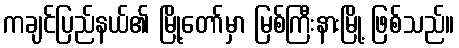
ကချင်ပြည်နယ်၏ မြို့တော်မှာ မြစ်ကြီးနားမြို့ ဖြစ်သည်။